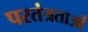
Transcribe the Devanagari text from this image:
परतंत्रताओं